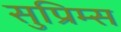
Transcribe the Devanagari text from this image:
सुप्रिम्स